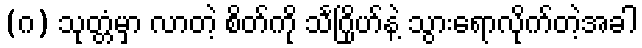
(ဂ) သုတ္တံမှာ လာတဲ့ စိတ်ကို သင်္ဂြိုဟ်နဲ့ သွားရောလိုက်တဲ့အခါ